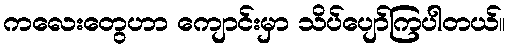
ကလေးတွေဟာ ကျောင်းမှာ သိပ်ပျော်ကြပါတယ်။